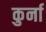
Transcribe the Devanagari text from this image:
कुर्ना